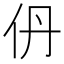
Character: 𫢌